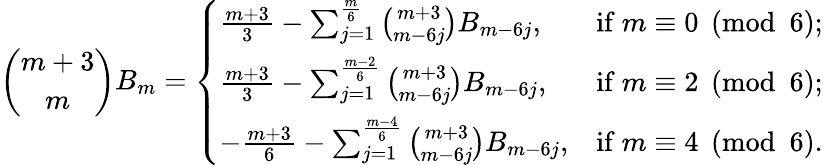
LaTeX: {\binom{m+3}{m}}B_{m}={\left\{ \begin{array}{ll}{{\frac{m+3}{3}}-\sum_{j=1}^{\frac{m}{6}}{\binom{m+3}{m-6j}}B_{m-6j},}&{{\mathrm{if~}}m\equiv 0{\pmod{6}};}\\ {{\frac{m+3}{3}}-\sum_{j=1}^{\frac{m-2}{6}}{\binom{m+3}{m-6j}}B_{m-6j},}&{{\mathrm{if~}}m\equiv 2{\pmod{6}};}\\ {-{\frac{m+3}{6}}-\sum_{j=1}^{\frac{m-4}{6}}{\binom{m+3}{m-6j}}B_{m-6j},}&{{\mathrm{if~}}m\equiv 4{\pmod{6}}.}\end{array}\right.}